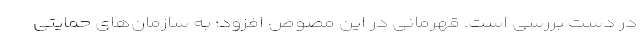
در دست بررسی است. قهرمانی در این مصوص افزود: به سازمان‌های حمایتی